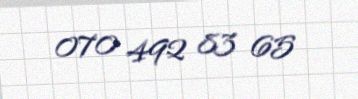
070 492 83 65